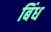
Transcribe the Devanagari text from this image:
बिंध